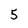
Character: 5